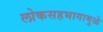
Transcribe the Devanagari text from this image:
लोकसहभागामुळे